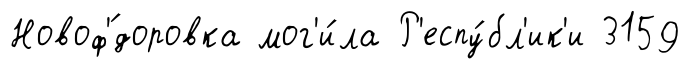
Новоф'́доровка мог'и́ла Р'еспу́бл'ик'и 3159